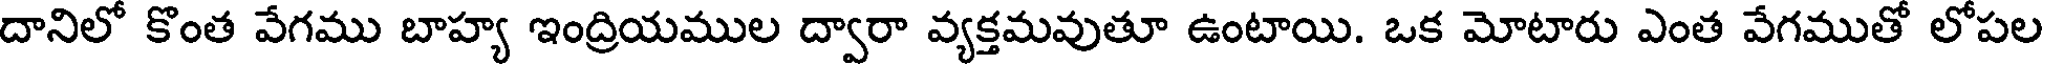
దానిలో కొంత వేగము బాహ్య ఇంద్రియముల ద్వారా వ్యక్తమవుతూ ఉంటాయి. ఒక మోటారు ఎంత వేగముతో లోపల